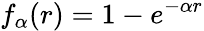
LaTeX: f_{\alpha}(r)=1-e^{-\alpha r}